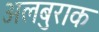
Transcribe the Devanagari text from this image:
अलबुराक